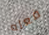
فعله